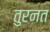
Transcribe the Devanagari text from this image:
तुरनत